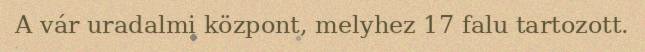
A vár uradalmi központ, melyhez 17 falu tartozott.